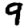
Digit: 9